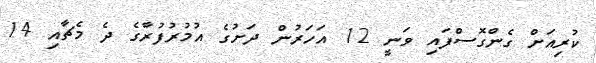
ކުރިއަށް ގެންގޮސްފައި ވަނީ 12 އަހަރުން ދަށުގެ އުމުރުފުރާގެ ދެ މެޗާއި 14